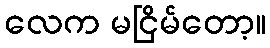
လေက မငြိမ်တော့။